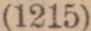
(1215)